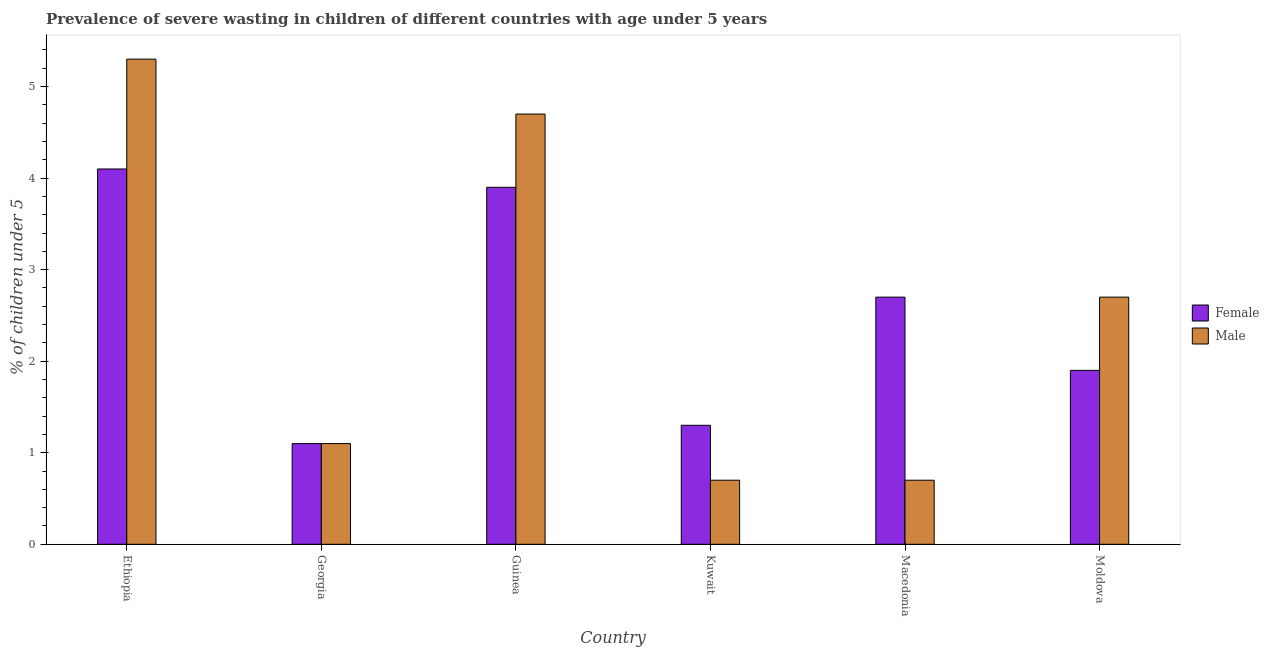
| Country | Female | Male |
 | --- | --- | --- |
 | Ethiopia | 4.1 | 5.3 |
 | Georgia | 1.1 | 1.1 |
 | Guinea | 3.9 | 4.7 |
 | Kuwait | 1.3 | 0.7 |
 | Macedonia | 2.7 | 0.7 |
 | Moldova | 1.9 | 2.7 |